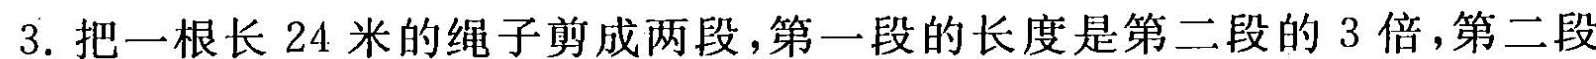
3.把一根长24米的绳子剪成两段，第一段的长度是第二段的3倍，第二段